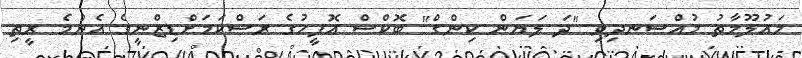
މައުލޫމާތު މުއްސަނދިވި "ދަ ލަޔަން ކިންގް" ބޮކްސް އޮފީހުގެ ރަސްކަމަށްޑިޒްނީގެ އެންމެ ރީތި